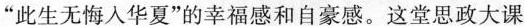
”此生无悔入华夏”的幸福感和自豪感。这堂思政大课